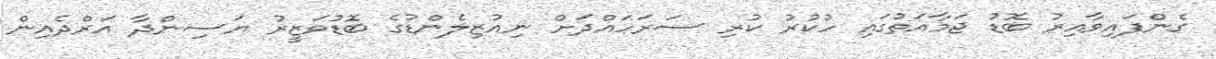
ގެންފައިވާއިރު ބޮޑު ޖަމާއަތުގައި ހުކުރު ކުރި ސަރަހައްދަށް ނިއުޒިލެންޑުގެ ބޮޑުވަޒީރު ޔަސިންދާ އަރްދެއިން